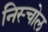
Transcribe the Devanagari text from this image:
निस्चोल